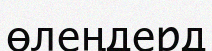
өлеңдерд